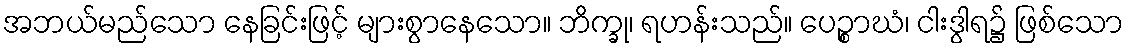
အဘယ်မည်သော နေခြင်းဖြင့် များစွာနေသော။ ဘိက္ခု၊ ရဟန်းသည်။ ပေဉ္စာဃံ၊ ငါးဒွါရ၌ ဖြစ်သော